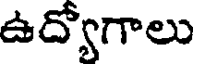
ఉద్యోగాలు